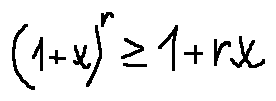
( 1 + x ) ^ { r } \geq 1 + r x